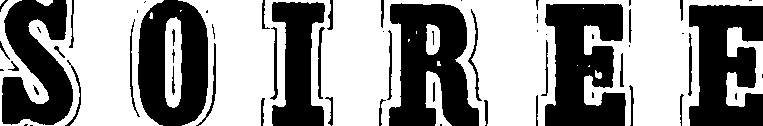
S O I R E E